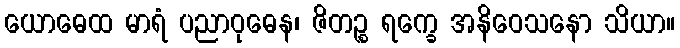
ယောဓေထ မာရံ ပညာဝုဓေန၊ ဇိတဉ္စ ရက္ခေ အနိဝေသနော သိယာ။